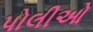
પોલીઓ